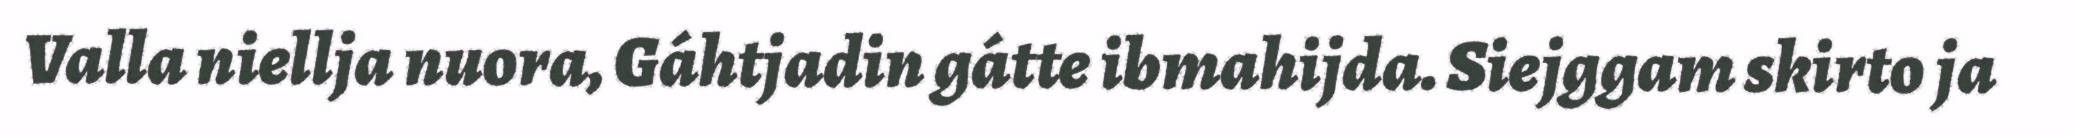
Valla niellja nuora, Gáhtjadin gátte ibmahijda. Siejggam skirto ja